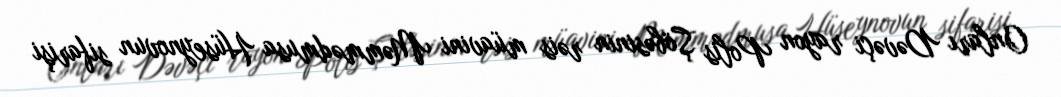
Onları Dəvəçi rayon Polis Şöbəsinin rəis müavini Məmmədmusa Hüseynovun sifarişi